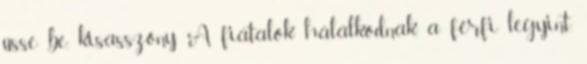
üsse be, kisasszony A fiatalok hálálkodnak, a férfi legyint,